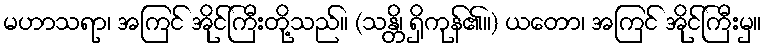
မဟာသရာ၊ အကြင် အိုင်ကြီးတို့သည်။ (သန္တိ၊ ရှိကုန်၏။) ယတော၊ အကြင် အိုင်ကြီးမှ။